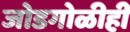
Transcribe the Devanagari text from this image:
जोडगोळीही